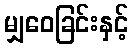
မျှဝေခြင်းနှင့်